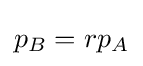
p_{B}=rp_{A}